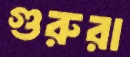
গুরুরা